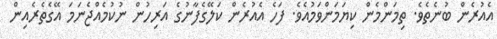
އެއުރެން ބުނެތެވެ. ތިމަންމެން ކިޔަމަންވަމުއެވެ. ފަހެ އެއުރެން ކަލޭގެފާނުގެ އަރިހުން ނުކުމެއްޖެނަމަ އޭގެތެރެއިން